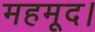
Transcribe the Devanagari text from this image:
महमूद।